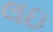
લઇ